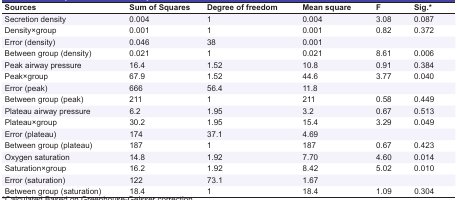
<table><thead><tr><td><b>Sources</b></td><td><b>Sum of Squares</b></td><td><b>Degree of freedom</b></td><td><b>Mean square</b></td><td><b>F</b></td><td><b>Sig.*</b></td></tr></thead><tbody><tr><td> Secretion density </td><td> 0.004 </td><td> 1 </td><td> 0.004 </td><td> 3.08 </td><td> 0.087 </td></tr><tr><td> Density×group </td><td> 0.001 </td><td> 1 </td><td> 0.001 </td><td> 0.82 </td><td> 0.372 </td></tr><tr><td> Error (density) </td><td> 0.046 </td><td> 38 </td><td> 0.001 </td><td></td><td></td></tr><tr><td> Between group (density) </td><td> 0.021 </td><td> 1 </td><td> 0.021 </td><td> 8.61 </td><td> 0.006 </td></tr><tr><td> Peak airway pressure </td><td> 16.4 </td><td> 1.52 </td><td> 10.8 </td><td> 0.91 </td><td> 0.384 </td></tr><tr><td> Peak×group </td><td> 67.9 </td><td> 1.52 </td><td> 44.6 </td><td> 3.77 </td><td> 0.040 </td></tr><tr><td> Error (peak) </td><td> 666 </td><td> 56.4 </td><td> 11.8 </td><td></td><td></td></tr><tr><td> Between group (peak) </td><td> 211 </td><td> 1 </td><td> 211 </td><td> 0.58 </td><td> 0.449 </td></tr><tr><td> Plateau airway pressure </td><td> 6.2 </td><td> 1.95 </td><td> 3.2 </td><td> 0.67 </td><td> 0.513 </td></tr><tr><td> Plateau×group </td><td> 30.2 </td><td> 1.95 </td><td> 15.4 </td><td> 3.29 </td><td> 0.049 </td></tr><tr><td> Error (plateau) </td><td> 174 </td><td> 37.1 </td><td> 4.69 </td><td></td><td></td></tr><tr><td> Between group (plateau) </td><td> 187 </td><td> 1 </td><td> 187 </td><td> 0.67 </td><td> 0.423 </td></tr><tr><td> Oxygen saturation </td><td> 14.8 </td><td> 1.92 </td><td> 7.70 </td><td> 4.60 </td><td> 0.014 </td></tr><tr><td> Saturation×group </td><td> 16.2 </td><td> 1.92 </td><td> 8.42 </td><td> 5.02 </td><td> 0.010 </td></tr><tr><td> Error (saturation) </td><td> 122 </td><td> 73.1 </td><td> 1.67 </td><td></td><td></td></tr><tr><td> Between group (saturation) </td><td> 18.4 </td><td> 1 </td><td> 18.4 </td><td> 1.09 </td><td> 0.304 </td></tr></tbody></table>